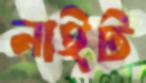
নাইট